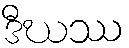
ဒီဃဿ